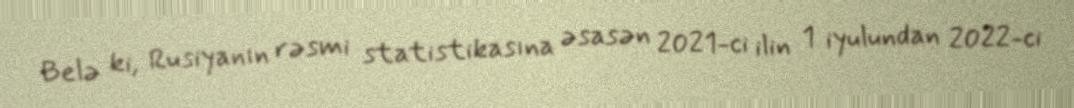
Belə ki, Rusiyanın rəsmi statistikasına əsasən 2021-ci ilin 1 iyulundan 2022-ci